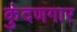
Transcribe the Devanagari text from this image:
कुंदणगार